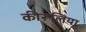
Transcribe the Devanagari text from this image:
कीरूलिया